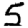
Digit: 5